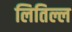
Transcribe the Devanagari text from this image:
लितिल्ल